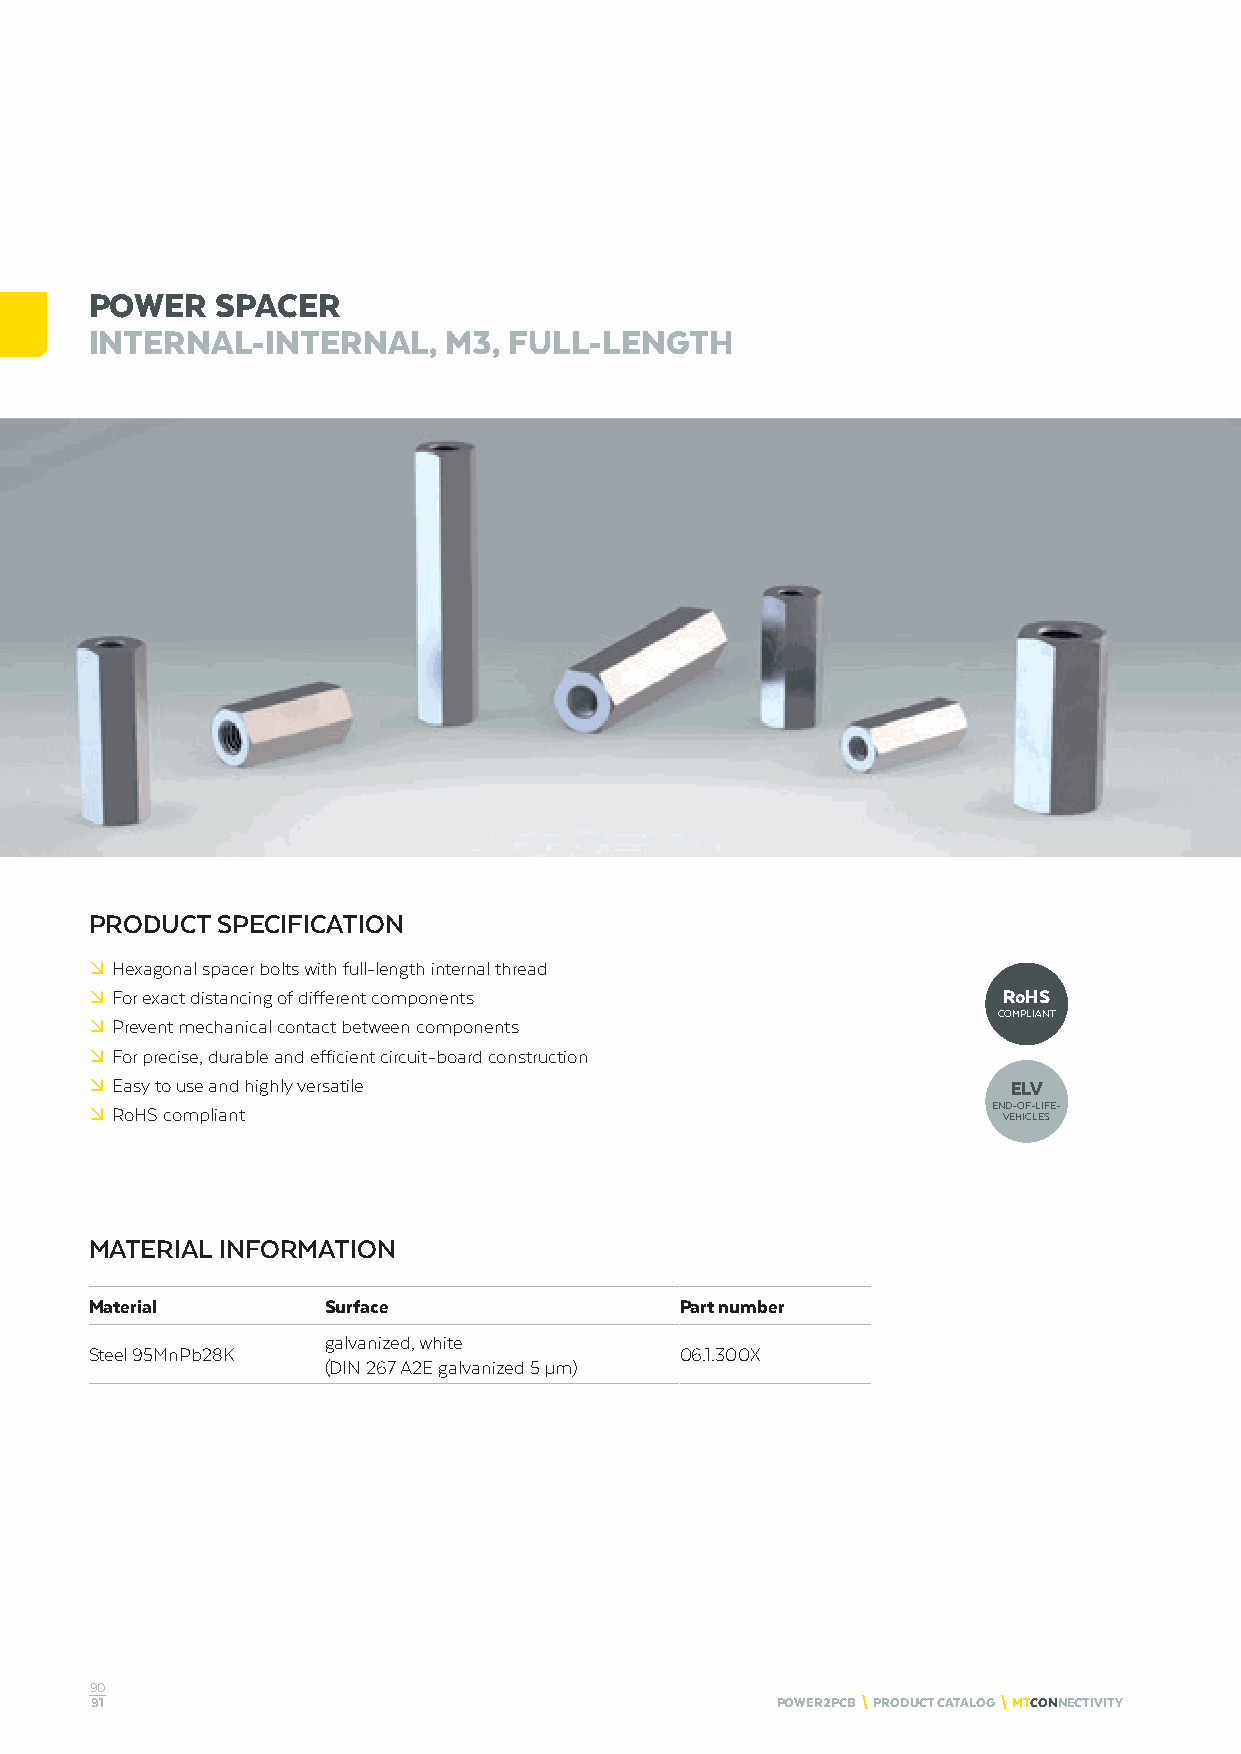
POWER   SPACER
 INTERNAL-INTERNAL,     M3,  FULL-LENGTH
 PRODUCT SPECIFICATION
 º Hexagonal spacer bolts with full-length internal thread
 º For exact distancing of different components              RoHS
 COMPLIANT
 º Prevent mechanical contact between components
 º For precise, durable and efficient circuit-board construction
 º Easy to use and highly versatile                           ELV
 º RoHS compliant                                            END-OF-LIFE-
 VEHICLES
 MATERIAL INFORMATION
 Material        Surface                Part number
 galvanized, white
 Steel 95MnPb28K                        06.1.300X
 (DIN 267 A2E galvanized 5 μm)
 90
 91                                           POWER2PCB \ PRODUCT CATALOG \ MTCONNECTIVITY